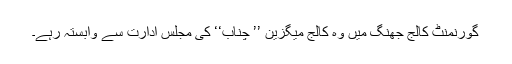
گورنمنٹ کالج جھنگ میں وہ کالج میگزین ’’ چناب‘‘ کی مجلس ادارت سے وابستہ رہے۔